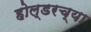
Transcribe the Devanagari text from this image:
होल्डरच्या